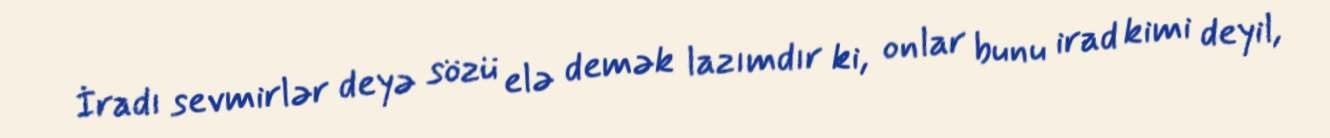
İradı sevmirlər deyə sözü elə demək lazımdır ki, onlar bunu irad kimi deyil,